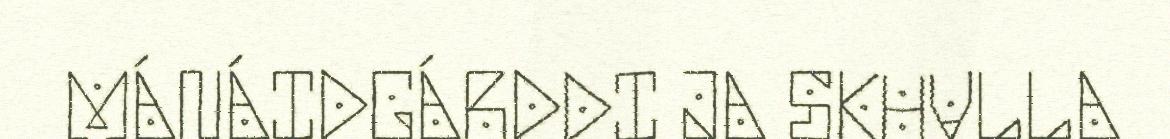
MÁNÁIDGÁRDDI JA SKUVLLA